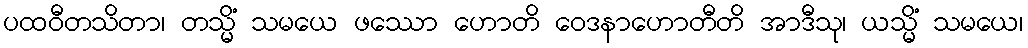
ပထဝီတသိတာ၊ တသ္မိံ သမယေ ဖဿော ဟောတိ ဝေဒနာဟောတီတိ အာဒီသု၊ ယသ္မိံ သမယေ၊